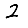
Digit: 2